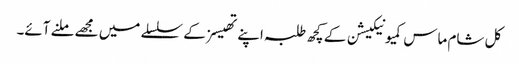
کل شام ماس کمیونیکیشن کے کچھ طلبہ اپنے تھیسز کے سلسلے میں مجھے ملنے آئے۔